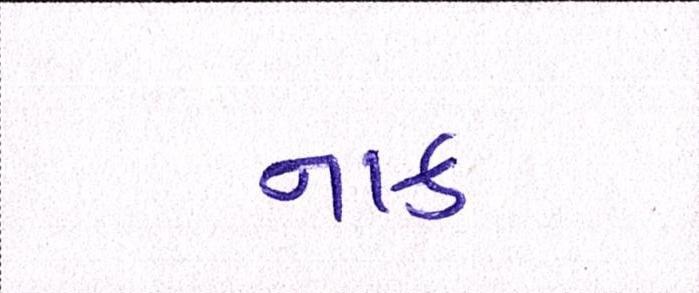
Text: નાક